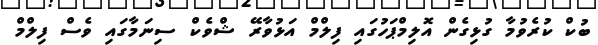
ބުކް ކުރެވުމާ ގުޅިގެން އޮލިމްޕަހުގައި ފިލްމް އަޅުވާރޭ ޝްވެކް ސިނަމާގައި ވެސް ފިލްމް